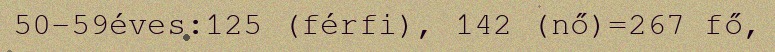
50-59éves:125 (férfi), 142 (nő)=267 fő,